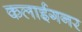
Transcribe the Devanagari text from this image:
कलाईगनर